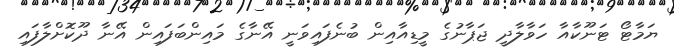
ޔަމާޓޯ ޓަނޫކާއާ ހަވާލާދީ ޖަޕާނުގެ މީޑިއާއިން ބުނެފައިވަނީ އޭނާގެ މައިންބަފައިން އޭނާ ދޫކޮށްލާފައި